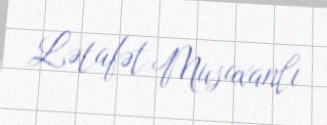
Lətafət Musaxanlı